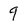
Character: 9